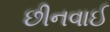
છીનવાઈ